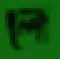
লে